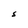
Character: S